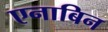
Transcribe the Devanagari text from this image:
एनाबिन